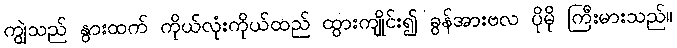
ကျွဲသည် နွားထက် ကိုယ်လုံးကိုယ်ထည် ထွားကျိုင်း၍ ခွန်အားဗလ ပိုမို ကြီးမားသည်။